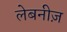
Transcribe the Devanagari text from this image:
लेबनीज़